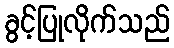
ခွင့်ပြုလိုက်သည်